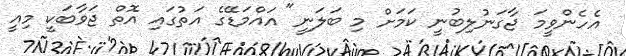
އެހެންވީމަ ޖާގަނުލިބުނީ ކަމަށް މި ބަލަނީ" އައްމަޑޭގެ އަތުގައި އޮތް ޖަވާބަކީ މިއީ